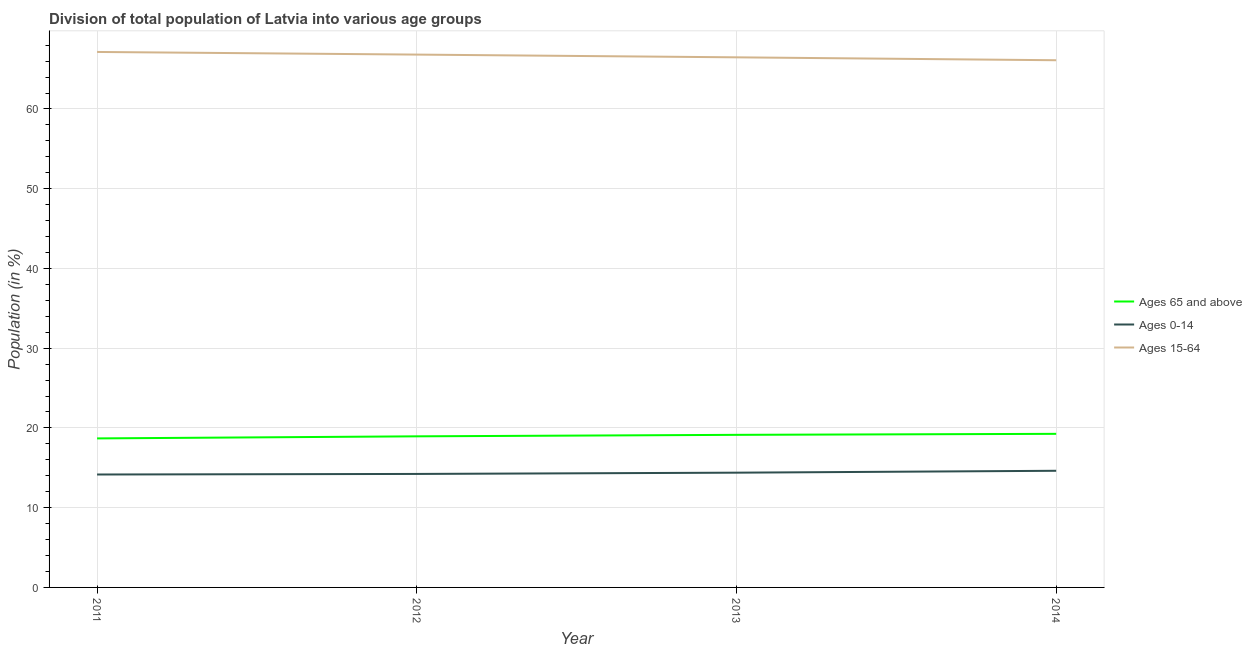
| Year | Ages 65 and above | Ages 0-14 | Ages 15-64 |
 | --- | --- | --- | --- |
 | 2011 | 18.7 | 14.2 | 67.2 |
 | 2012 | 18.9 | 14.2 | 66.8 |
 | 2013 | 19.1 | 14.4 | 66.5 |
 | 2014 | 19.3 | 14.6 | 66.1 |